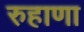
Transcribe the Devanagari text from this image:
रुहाणा